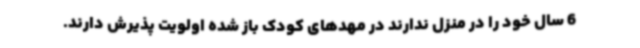
6 سال خود را در منزل ندارند در مهدهای کودک باز شده اولویت پذیرش دارند.